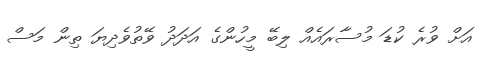
އަށް ވުރެ ކުޑަ މުސާރައެއް ލިބޭ މީހުންގެ އަދަދު ވޭތުވެދިޔަ ތިން މަސް